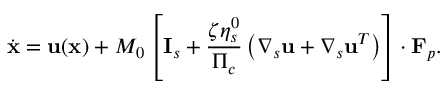
\dot { \mathbf { x } } = \mathbf { u } ( \mathbf { x } ) + M _ { 0 } \left[ \mathbf { I } _ { s } + \frac { \zeta \eta _ { s } ^ { 0 } } { \Pi _ { c } } \left( \boldsymbol { \nabla } _ { s } \mathbf { u } + \boldsymbol { \nabla } _ { s } \mathbf { u } ^ { T } \right) \right] \boldsymbol { \cdot } \mathbf { F } _ { p } .